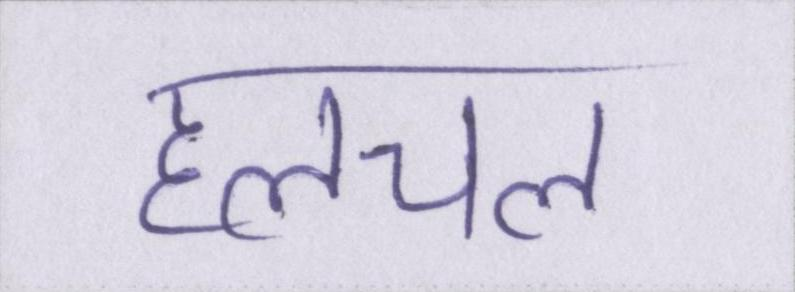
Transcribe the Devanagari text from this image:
हलचल